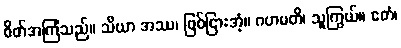
စိတ်အကြံသည်။ သိယာ အဿ၊ ဖြစ်ငြားအံ့။ ဂဟမတိ၊ သူကြွယ်။ ဧတံ၊